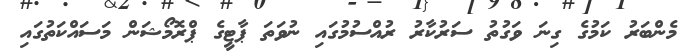
މެންބަރު ކަމުގެ ގިނަ ވަގުތު ސަރުކާރު ރުއްސުމުގައި ނުވަތަ ޕާޓީގެ ޕްރޮމޯޝަން މަސައްކަތުގައި